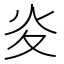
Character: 𭴅